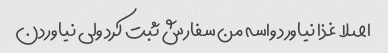
اصلا غذا نیاورد واسه من سفارش ثبت کرد ولی نیاوردن